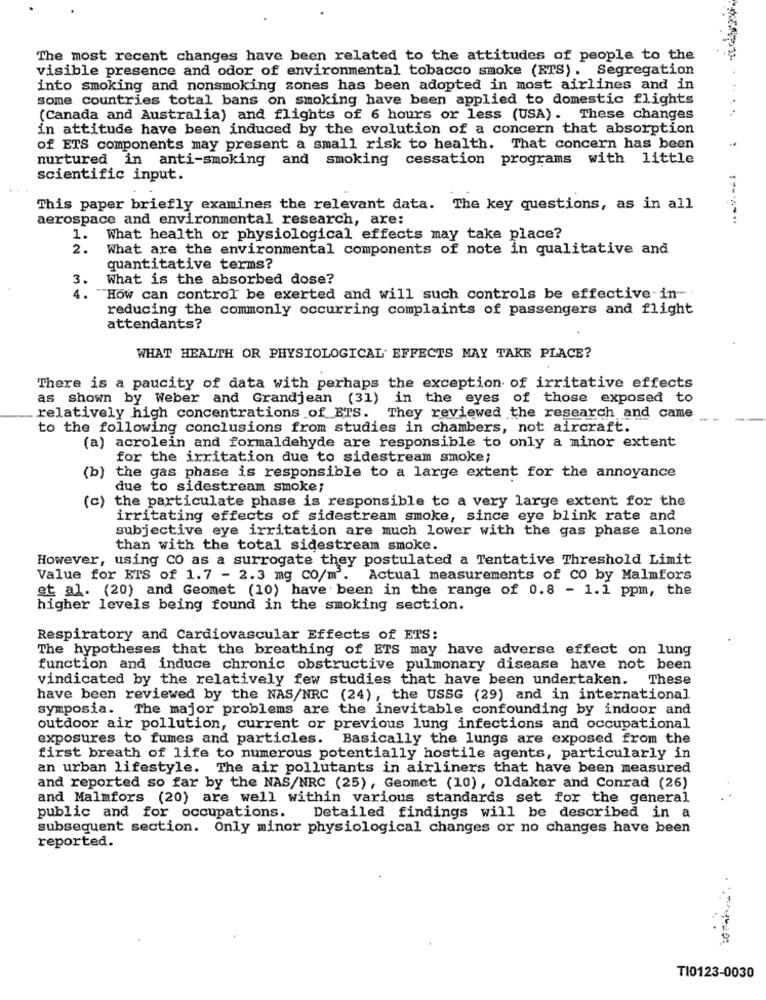
The most recent changes have been related to the attitudes of people to the
visible presence and odor of environmental tobacco smoke (ETS). Segregation
into smoking and nonsmoking zones has been adopted in most airlines and in
some countries total bans on smoking have been applied to domestic flights
(Canada and Australia) and flights of 6 hours or less (USA). These changes
in attitude have been induced by the evolution of a concern that absorption
of ETS components may present a small risk to health. That concern has been
nurtured in anti-smoking and smoking cessation programs with little
scientific input.
This paper briefly examines the relevant data. The key questions, as in all
aerospace and environmental research, are:
1.
What health or physiological effects may take place?
2.
What are the environmental components of note in qualitative and
quantitative terms?
What is the absorbed dose?
4.
"How can control be exerted and will such controls be effective in-
reducing the commonly occurring complaints of passengers and flight
attendants?
WHAT HEALTH OR PHYSIOLOGICAL EFFECTS MAY TAKE PLACE?
There is a paucity of data with perhaps the exception of irritative effects
as shown by Weber and Grandjean (31) in the eyes of those exposed to
relatively high concentrations of ETS. They reviewed the research and came
to the following conclusions from studies in chambers, not aircraft.
(a) acrolein and formaldehyde are responsible to only a minor extent
for the irritation due to sidestream smoke;
(b) the gas phase is responsible to a large extent for the annoyance
due to sidestream smoke;
(c) the particulate phase is responsible to a very large extent for the
irritating effects of sidestream smoke, since eye blink rate and
subjective eye irritation are much lower with the gas phase alone
than with the total sidestream smoke.
However, using CO as a surrogate they postulated a Tentative Threshold Limit
Value for ETS of 1.7 - 2.3 mg Co/m'. Actual measurements of co by Malmfors
et al. (20) and Geomet (10) have been in the range of 0.8 - 1.1 ppm, the
higher levels being found in the smoking section.
Respiratory and Cardiovascular Effects of ETS:
The hypotheses that the breathing of ETS may have adverse effect on lung
function and induce chronic obstructive pulmonary disease have not been
vindicated by the relatively few studies that have been undertaken. These
have been reviewed by the NAS/NRC (24), the USSG (29) and in international
symposia. The major problems are the inevitable confounding by indoor and
outdoor air pollution, current or previous lung infections and occupational
exposures to fumes and particles. Basically the lungs are exposed from the
first breath of life to numerous potentially hostile agents, particularly in
an urban lifestyle. The air pollutants in airliners that have been measured
and reported so far by the NAS/NRC (25), Geomet (10), oldaker and Conrad (26)
and Malmfors (20) are well within various standards set for the general
public and for occupations. Detailed findings will be described in a
subsequent section. Only minor physiological changes or no changes have been
reported.
TI0123-0030